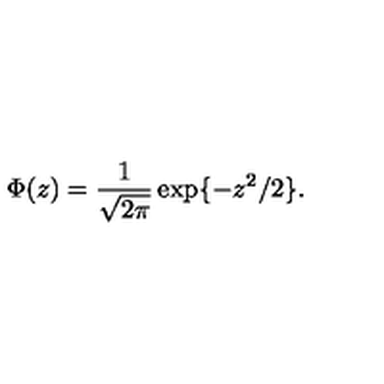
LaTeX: \Phi ( z ) = \frac { 1 } { \sqrt { 2 \pi } } \exp \{ - z ^ { 2 } / 2 \} .